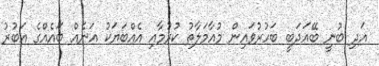
އަދި ބުނީ ބޭއަދަބީ ބަހުރުވައިން މުއާމަލާތު ކުރުމާއި އެއްބަޔަކު އަނެއް ބައެއްގެ އަބުރު